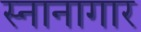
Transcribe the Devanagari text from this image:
स्‍नानागार